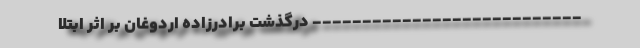
--------------------------- درگذشت برادر‌زاده اردوغان بر اثر ابتلا